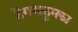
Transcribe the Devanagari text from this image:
ठेंगणाठुमका